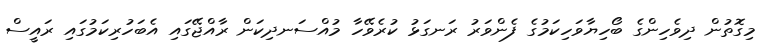
މިގޮތުން ދިވެހިންގެ ބޯހިޔާވަހިކަމުގެ ފެންވަރު ރަނގަޅު ކުރެވޭހާ މުއްސަނދިކަން ރާއްޖޭގައި އެބަހުރިކަމުގައި ރައީސް